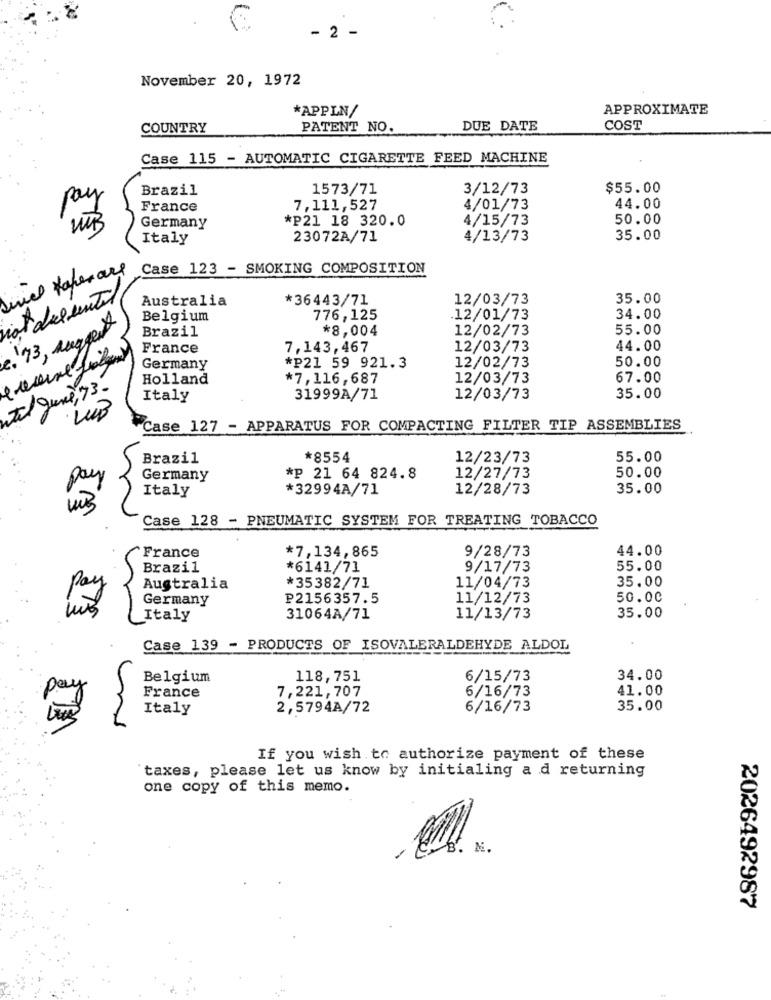
- 2 -
November 20, 1972
*APPLN/
APPROXIMATE
COUNTRY
PATENT NO.
DUE DATE
COST
Case 115 - AUTOMATIC CIGARETTE FEED MACHINE
Brazil
1573/71
3/12/73
$55.00
pay
France
7,111,527
4/01/73
44.00
*P21 18 320.0
4/15/73
50.00
Germany
Italy
23072A/71
4/13/73
35.00
Series Kaperare
Case 123 - SMOKING COMPOSITION
Australia
*36443/71
12/03/73
35.00
Belgium
776,125
12/01/73
34.00
c. 13, suggest
Brazil
*8,004
12/02/73
55.00
France
7,143,467
12/03/73
44.00
50.00
Germany
*P21 59 921.3
12/02/73
Holland
*7,116,687
12/03/73
67.00
tal June, 73.
Italy
31999A/71
12/03/73
35.00
·LUB
Case 127 - APPARATUS FOR COMPACTING FILTER TIP ASSEMBLIES
Brazil
*8554
12/23/73
55.00
50.00
Germany
*p 21 64 824.8
12/27/73
ay
Italy
*32994A/71
12/28/73
35.00
Case 128 - PNEUMATIC SYSTEM FOR TREATING TOBACCO
*7,134,865
9/28/73
44.00
France
Brazil
*6141/71
9/17/73
55.00
35.00
Australia
*35382/71
11/04/73
Germany
P2156357.5
11/12/73
50.00
35.00
Italy
31064A/71
11/13/73
Case 139 - PRODUCTS OF ISOVALERALDEHYDE ALDOL
Belgium
118,751
6/15/73
34.00
7,221,707
6/16/73
41.00
France
Italy
2,5794A/72
6/16/73
35.00
If you wish to authorize payment of these
taxes, please let us know by initialing a d returning
one copy of this memo.
B. N.
2026492987